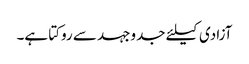
آزادی کیلئے جدوجہد سے روکتا ہے۔